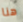
هنا